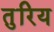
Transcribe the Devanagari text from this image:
तुरिय